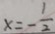
x = - \frac { 1 } { 2 }